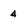
Character: 4